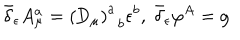
\bar { \delta } _ { \epsilon } A _ { \mu } ^ { a } = \left( \mathrm { D } _ { \mu } \right) _ { \; \; b } ^ { a } \epsilon ^ { b } , \; \bar { \delta } _ { \epsilon } \varphi ^ { A } = \mathrm { g }